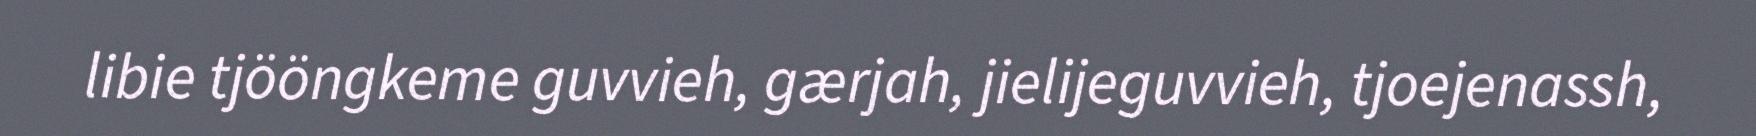
libie tjööngkeme guvvieh, gærjah, jielijeguvvieh, tjoejenassh,